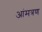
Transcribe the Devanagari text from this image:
आंमत्रण